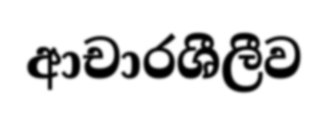
ආචාරශීලීව